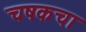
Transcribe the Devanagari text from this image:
चषकचा